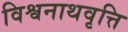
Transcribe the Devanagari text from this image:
विश्वनाथवृत्ति